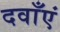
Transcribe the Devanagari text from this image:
दवाँएं